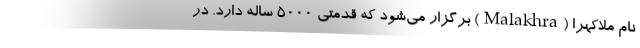
نام ملاکهرا (Malakhra) برگزار می‌شود که قدمتی ۵۰۰۰ ساله دارد. در